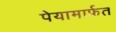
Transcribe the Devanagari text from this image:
पेयामार्फत